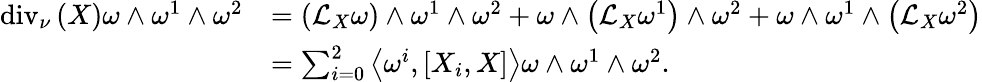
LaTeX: \begin{array}{rl}{\mathrm{div}_{\nu}\left(X\right)\omega\wedge\omega^{1}\wedge\omega^{2}}&{=\left(\mathcal{L}_{X}\omega\right)\wedge\omega^{1}\wedge\omega^{2}+\omega\wedge\left(\mathcal{L}_{X}\omega^{1}\right)\wedge\omega^{2}+\omega\wedge\omega^{1}\wedge\left(\mathcal{L}_{X}\omega^{2}\right)}\\ &{=\sum_{i=0}^{2}\left\langle\omega^{i},\left[X_{i},X\right]\right\rangle\omega\wedge\omega^{1}\wedge\omega^{2}.}\end{array}